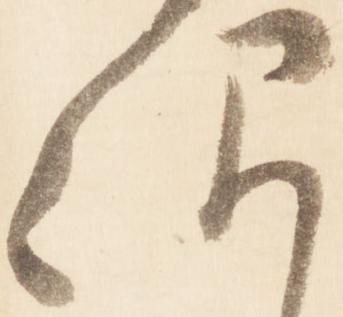
次